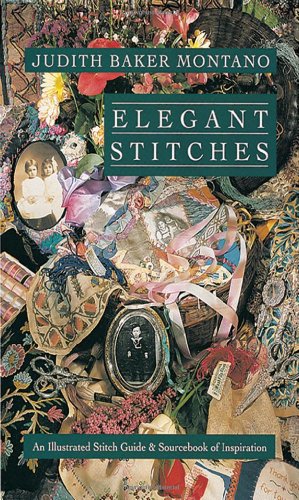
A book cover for Elegant Stitches: An Illustrated Stitch Guide & Source Book of Inspiration; Judith Baker Montano; Crafts, Hobbies & Home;